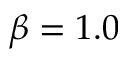
\beta = 1 . 0